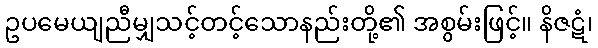
ဥပမေယျညီမျှသင့်တင့်သောနည်းတို့၏ အစွမ်းဖြင့်။ နိဇဋံ၊